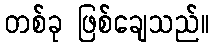
တစ်ခု ဖြစ်ချေသည်။